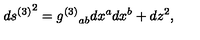
d { s ^ { ( 3 ) } } ^ { 2 } = { g ^ { ( 3 ) } } _ { a b } d x ^ { a } d x ^ { b } + d z ^ { 2 } ,